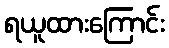
ရယူထားကြောင်း